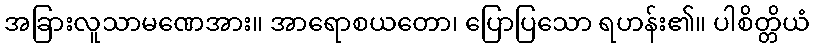
အခြားလူသာမဏေအား။ အာရောစယတော၊ ပြောပြသော ရဟန်း၏။ ပါစိတ္တိယံ